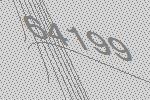
64199